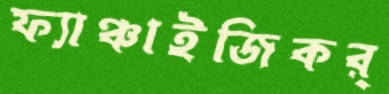
ফ্যাঞ্চাইজিকর্